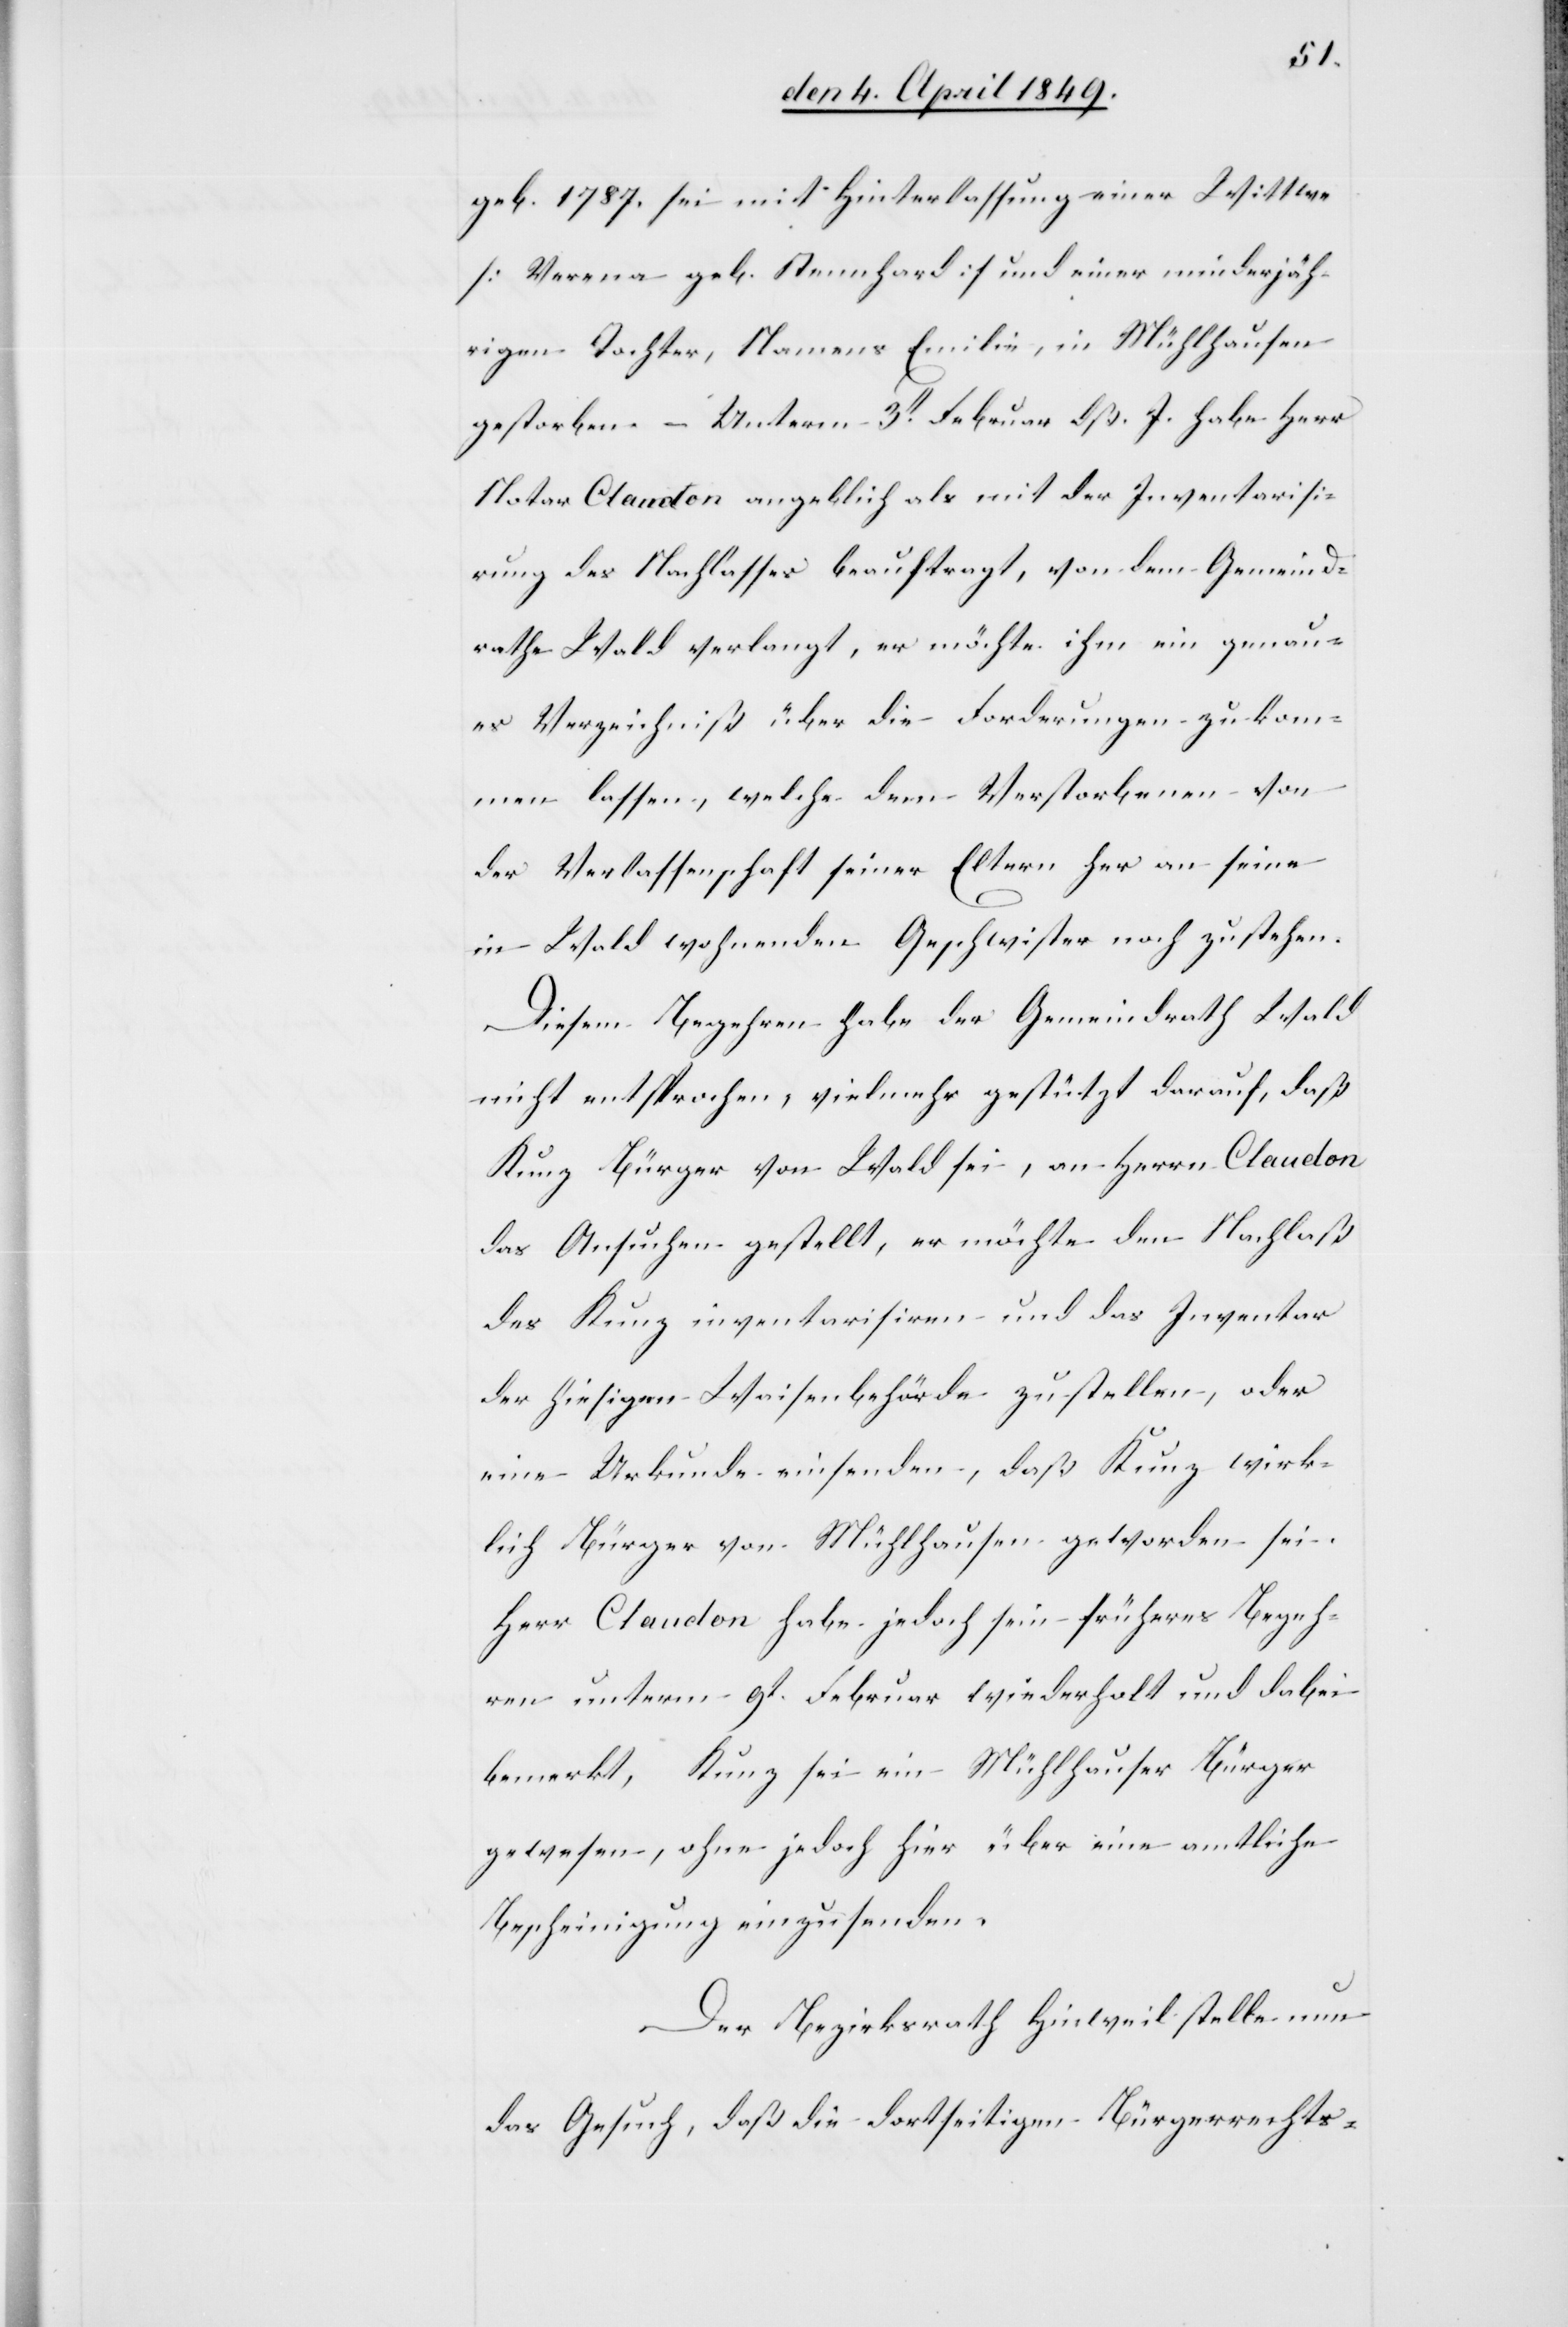
geb. 1787. sei mit Hinterlassung einer Wittwe
[Verena geb. Stennhard] und einer minderjäh¬
rigen Tochter, Namens Emilie, in Mühlhausen
gestorben. – Unterm 3t Februar dß. J. habe Herr
Notar Claudon angeblich als mit der Inventarisi¬
rung des Nachlasses beauftragt, von dem Gemeind¬
rathe Wald verlangt, er möchte ihm ein genau¬
es Verzeichniß über die Forderungen zukom¬
men lassen, welche dem Verstorbenen von
der Verlassenschaft seiner Eltern her an seine
in Wald wohnenden Geschwister noch zustehen.
Diesem Begehren habe der Gemeindrath Wald
nicht entsprochen, vielmehr gestützt darauf, daß
Kunz Bürger von Wald sei, an Herrn Claudon
das Ansuchen gestellt, er möchte den Nachlaß
des Kunz inventarisiren und das Inventar
der hiesigen Waisenbehörde zustellen, oder
eine Urkunde einsenden, daß Kunz wirk¬
lich Bürger von Mühlhausen geworden sei.
Herr Claudon habe jedoch sein früheres Begeh¬
ren unterm 9t. Februar wiederholt und dabei
bemerkt, Kunz sei ein Mühlhauser Bürger
gewesen, ohne jedoch hier über eine amtliche
Bescheinigung einzusenden.
Der Bezirksrath Hinweil stelle nun
das Gesuch, daß die dortseitigen Bürgerrechts-